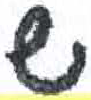
אות: ש